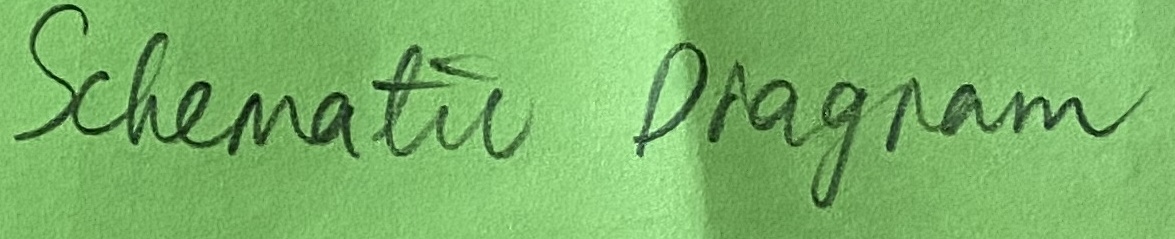
Text: Schematic Diagram